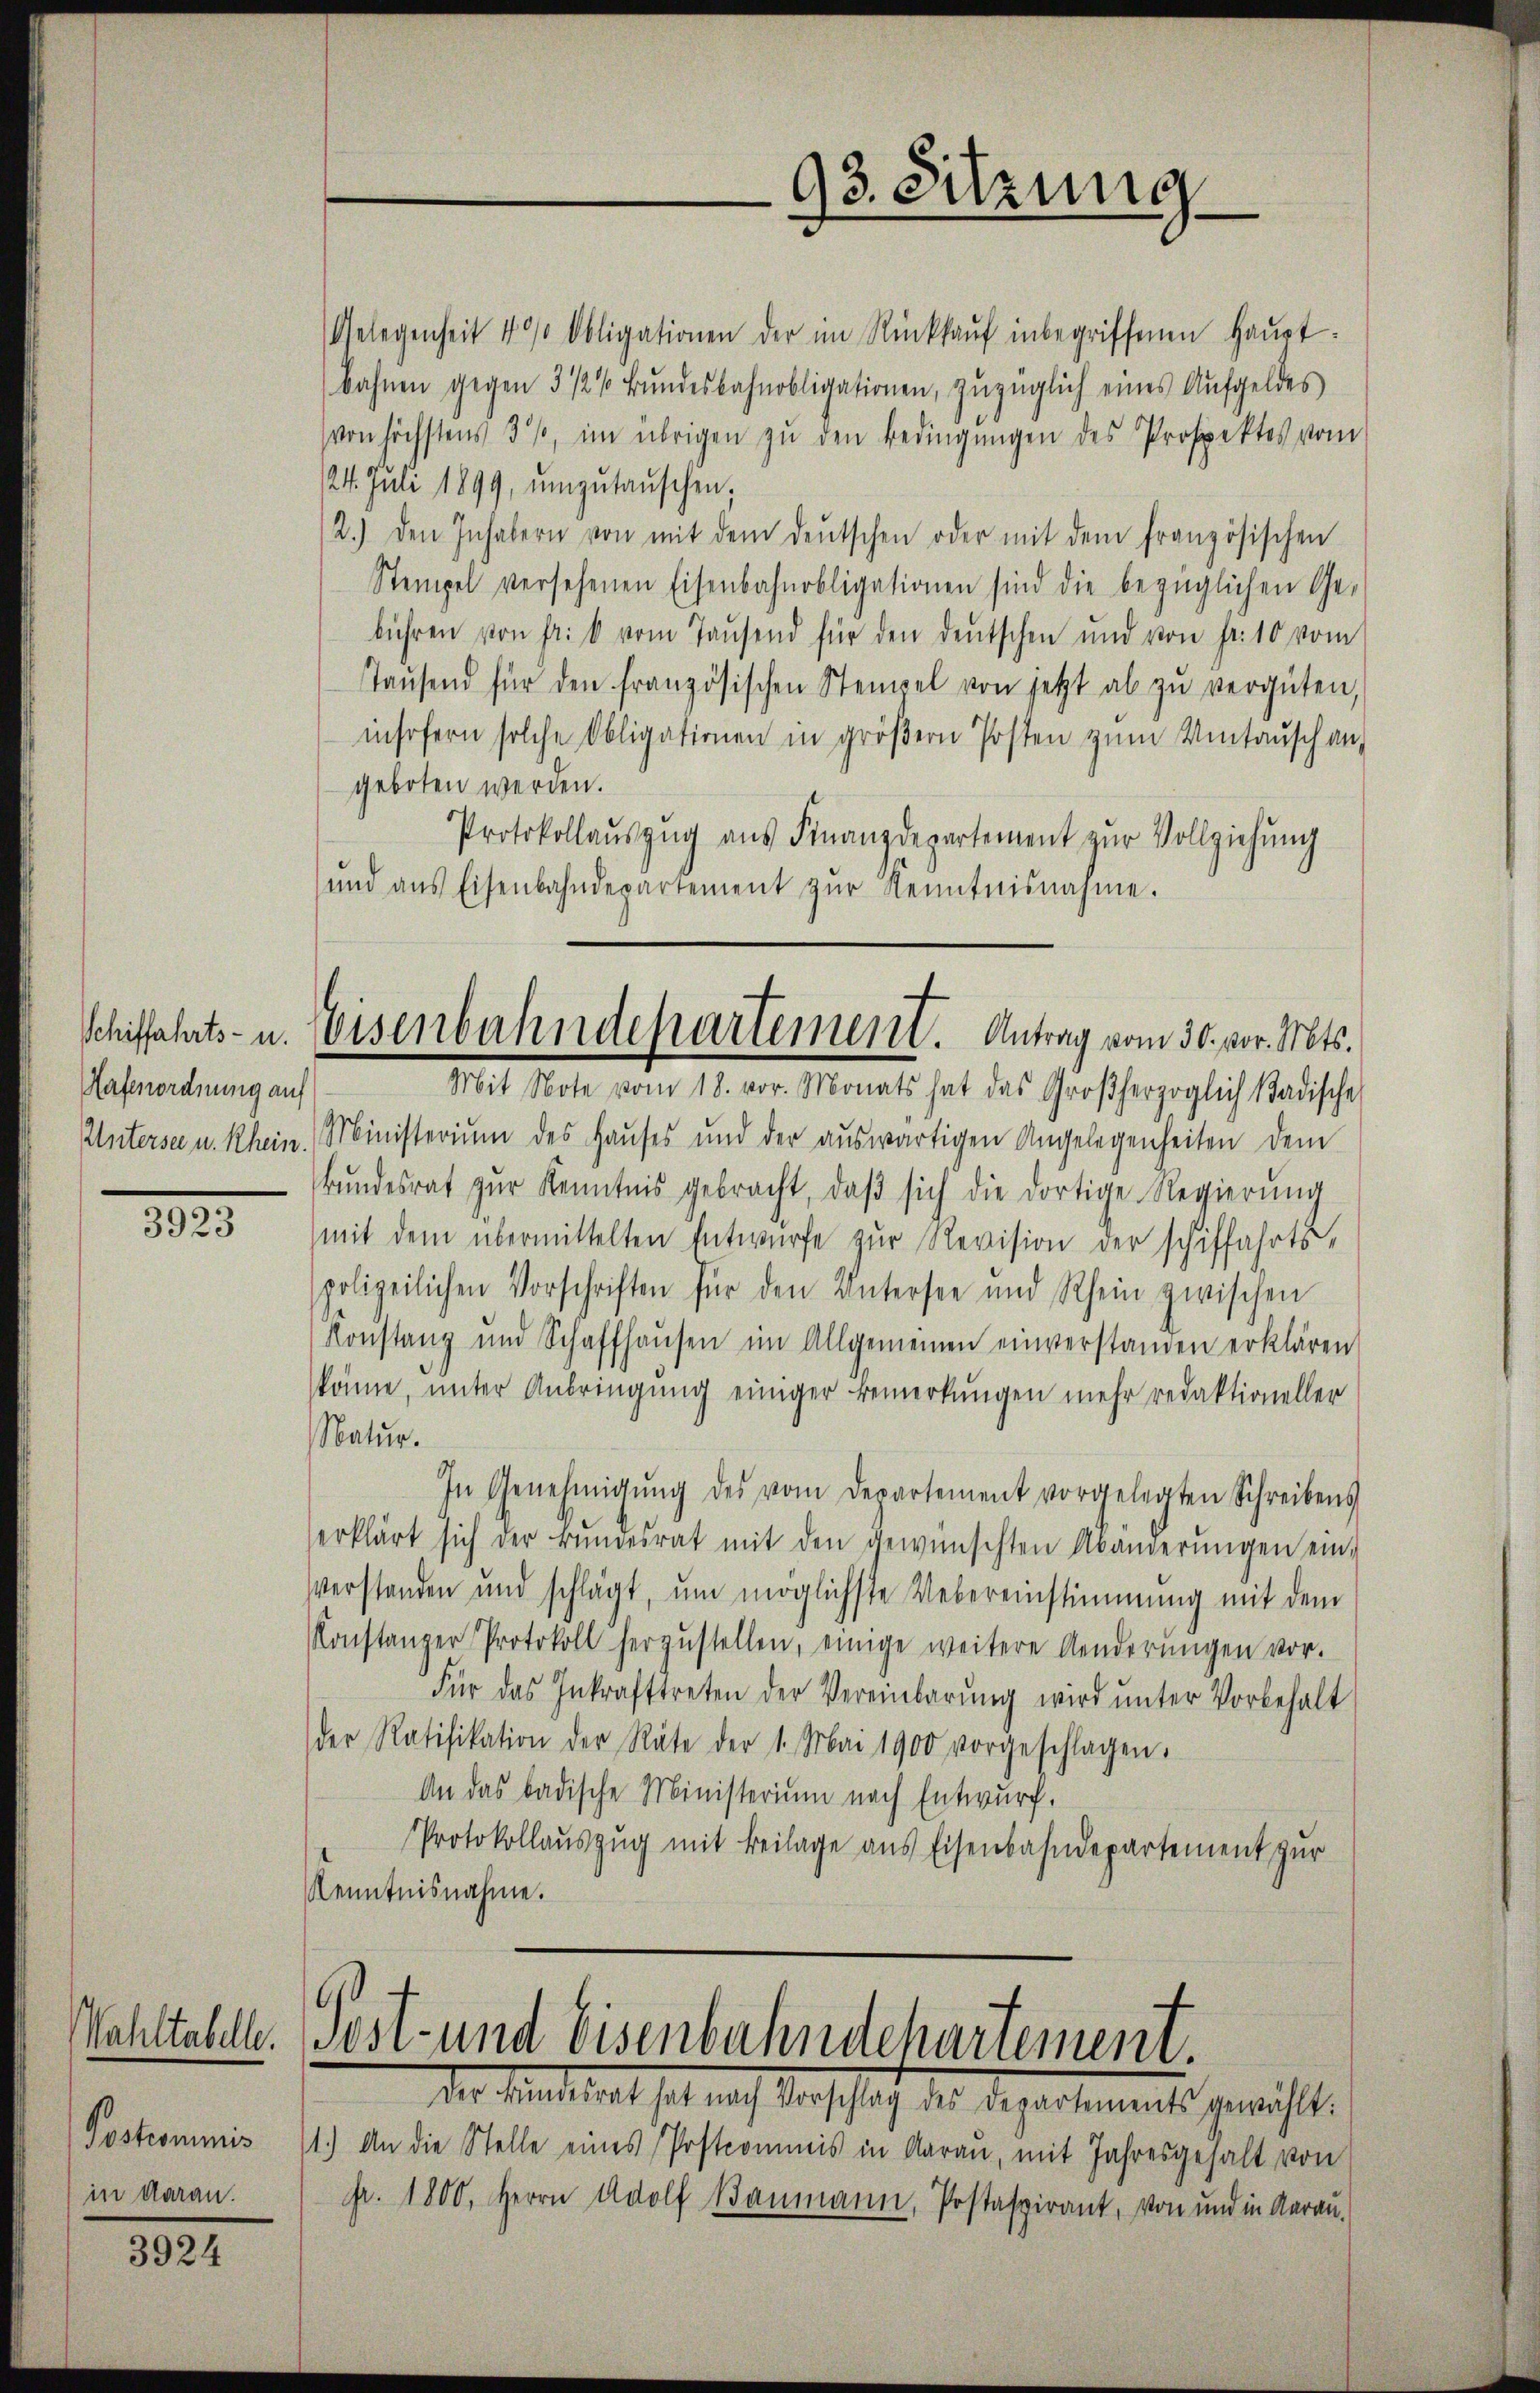
Hafenordnung auf
Untersee u. Rhein.

3923

Wahltabelle.
Postrommis
in daran.

3924

Gelegenheit 4 % Obligationen der im Rückkaŭf inbegriffenen Haupt-
bahnen gegen 3 1/2% Bŭndesbahnobligationen, zŭzüglich eines Aufgeldes
von höchstens 3 %, im übrigen zŭ den Bedingŭngen des Prospektes vom
24. Juli 1899, ŭmzŭtaŭschen.
2.) den Inhabern von mit dem deŭtschen oder mit dem französischen
Stempel versehenen Eisenbahnobligationen sind die bezüglichen Ge-
bühren von Fr. 6 vom Taŭsend für den deutschen und von fr. 10 vom
Taŭsend für den französischen Stempel von jetzt ab zŭ vergüten,
insofern solche Obligationen in gröβern Posten zŭm Umtaŭsch an
geboten werden.
Protokollaŭszŭg aŭs Finanzdepartement zŭr Vollziehŭng
ŭnd aus Eisenbahndepartement zŭr Kenntnisnahme.
Ministerium des Haŭses und der aŭswärtigen Angelegenheiten dem
Bŭndesrat zŭr Kenntnis gebracht, daβ sich die dortige Regierŭng
mit dem übermittelten Entwürfe zŭr Revision der schiffahrts-
spolizeilichen Vorschriften für den Untersee und Rhein zwischen
Konstanz und Schaffhaŭsen im Allgemeinen einverstanden erklären
könne, unter Anbringung einiger Bemerkungen mehr redaktioneller
Natur.
In Genehmigŭng des vom Departement vorgelegten Schreibens
erklärt sich der Bŭndesrat mit den gewünschten Abänderŭngen ein-
verstanden und schlägt, um möglichste Uebereinstimmung mit dem
Konstanzer Protokoll herzŭstellen, einige weitere Aenderŭngen vor.
Für das Inkrafttreten der Vereinbarŭng wird ŭnter Vorbehalt
der Ratifikation der Räte der 1. Mai 1900 vorgeschlagen.
An das badische Ministerium nach Entwurf.
Protokollauszug mit Beilage aus Eisenbahndepartement zur
Kenntnisnahme.

93. Sitzung

Schiffahrts- u. Eisenbahndepartement. Antrag vom 30. vor. Mts.
Mit Note vom 18. vor. Monats hat das Großherzoglich städische

1.) An die Stelle eines Postcommis in Aarau, mit Jahresgehalt von
Fr. 1800. Herrn Adolf Baumann, Postaspirant, von und in Aarau

Post- und Eisenbahndchartement.
des Sentiret hat, nach Vorschach der Repartements gewählt.